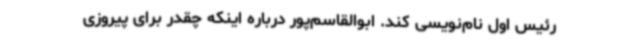
رئیس اول نام‌نویسی کند. ابوالقاسم‌پور درباره اینکه چقدر برای پیروزی